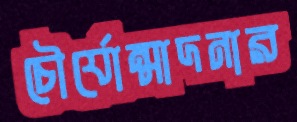
চৌর্যোন্মাদনার